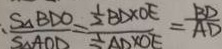
\frac { S _ { \Delta } B D O } { S _ { \Delta A O D } } = \frac { \frac { 1 } { 2 } B D \times O E } { \frac { 1 } { 2 } A D \times O E } = \frac { B D } { A D }